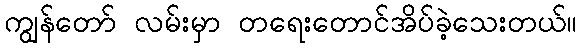
ကျွန်တော် လမ်းမှာ တရေးတောင်အိပ်ခဲ့သေးတယ်။